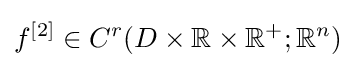
f^{[2]}\in C^{r}(D\times \mathbb {R} \times \mathbb {R} ^{+};\mathbb {R} ^{n})